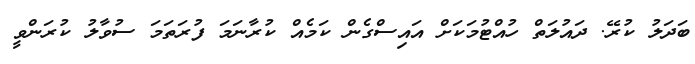
ބަދަލު ކުރޭ. ދައުލަތް ހުއްޓުމަކަށް އައިސްގެން ކަމެއް ކުރާނަމަ ފުރަތަމަ ސުވާލު ކުރަންވީ